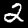
Label: 2